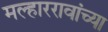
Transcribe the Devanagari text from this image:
मल्हाररावांच्या